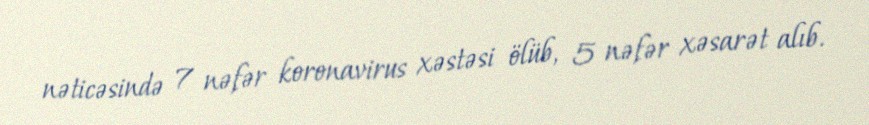
nəticəsində 7 nəfər koronavirus xəstəsi ölüb, 5 nəfər xəsarət alıb.